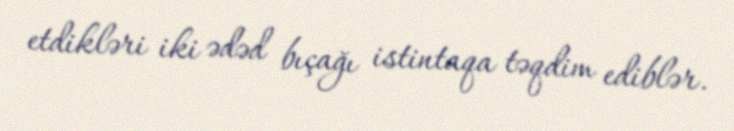
etdikləri iki ədəd bıçağı istintaqa təqdim ediblər.